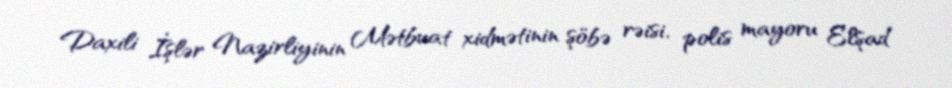
Daxili İşlər Nazirliyinin Mətbuat xidmətinin şöbə rəisi, polis mayoru Elşad